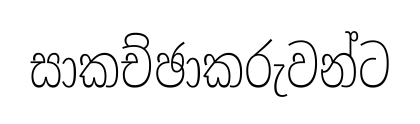
සාකච්ඡාකරුවන්ට